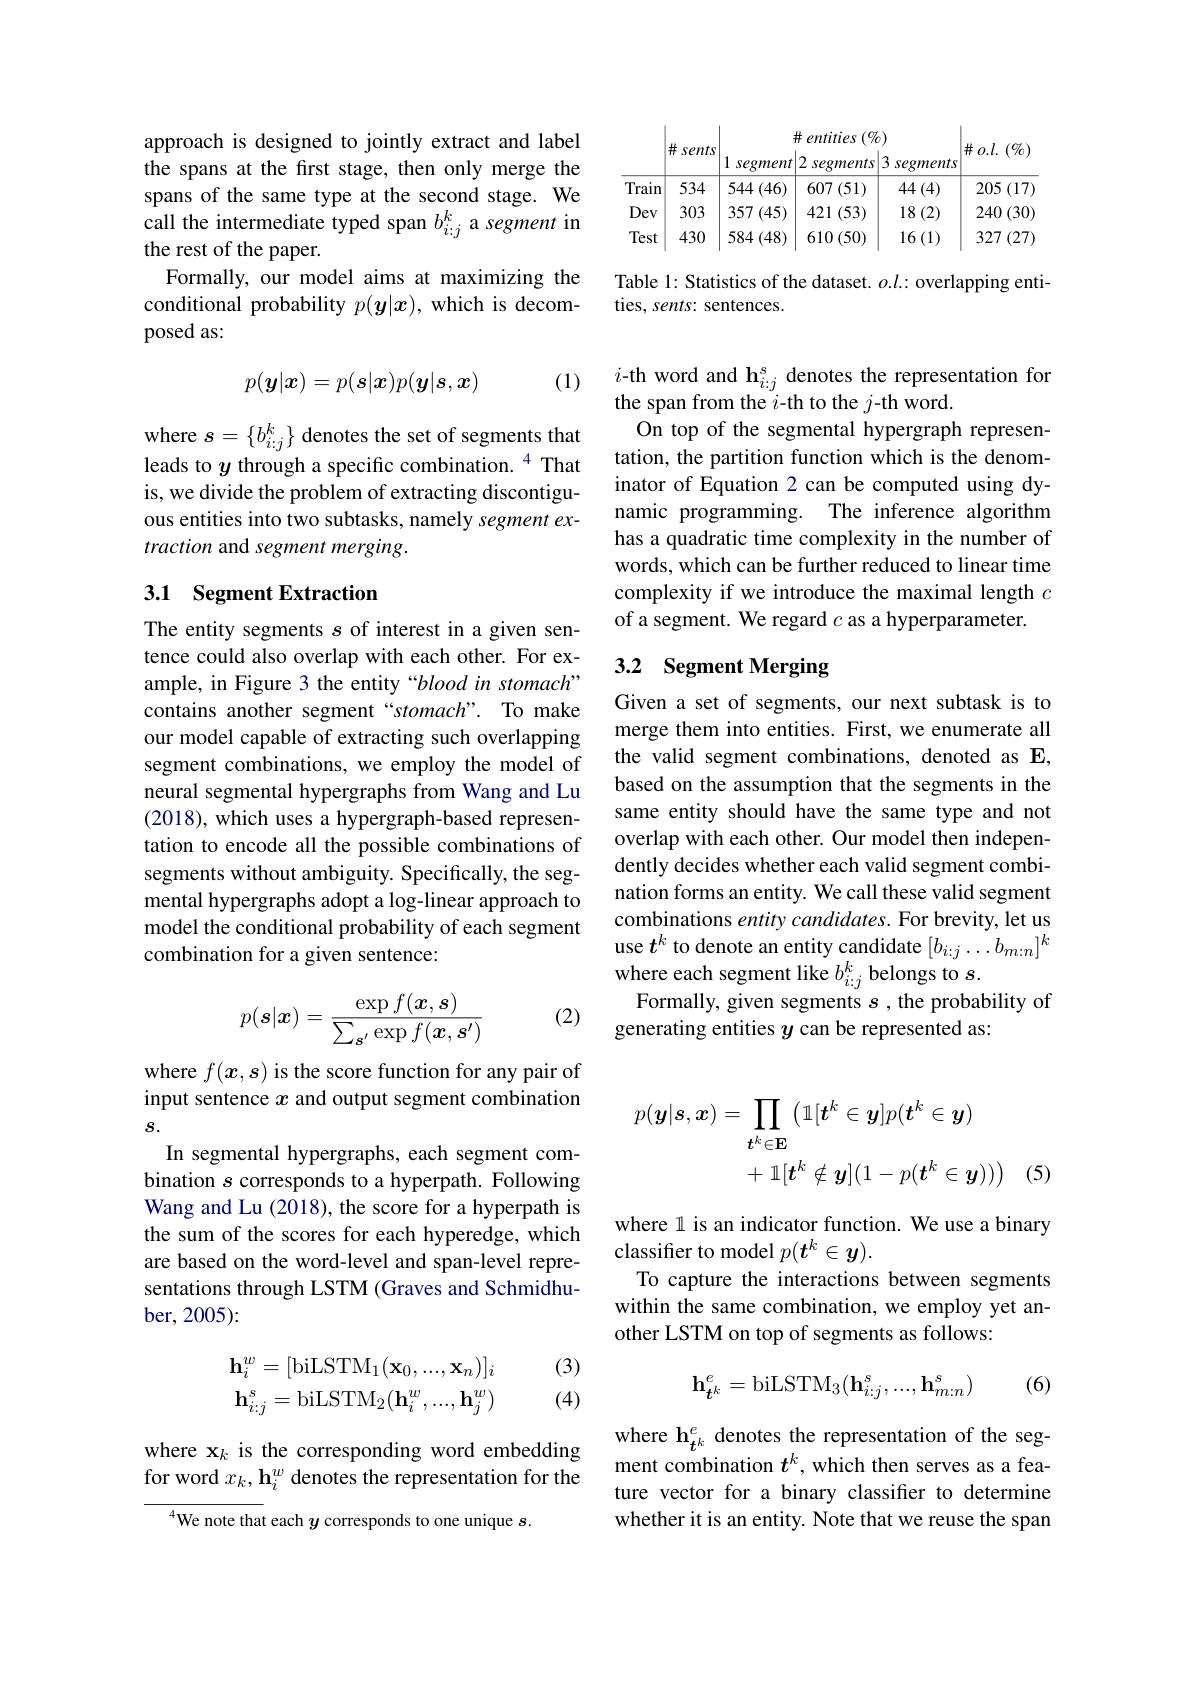
approach is designed to jointly extract and label the spans at the first stage, then only merge the spans of the same type at the second stage. We call the intermediate typed span $b_{i:j}^k$ a segment in the rest of the paper.
Formally, our model aims at maximizing the conditional probability $p(\boldsymbol{y}|\boldsymbol{x})$, which is decomposed as:

(1) $i$-th word and h$_i:j^s$ denotes the representation for(1) $i$-th word and h$\mathbf{h}_i:j^s$ denotes the representation for(1) the span from the $i$-th to the $j$-th word.
$$p(\boldsymbol{y}|\boldsymbol{x})=p(s|\boldsymbol{x})p(\boldsymbol{y}|\boldsymbol{s},\boldsymbol{x})$$
where $s=\{b_i:j^k\}$ denotes the set of segments that leads to $y$ through a specific combination. $^{4}$ That is, we divide the problem of extracting discontiguous entities into two subtasks, namely segment extraction and segment merging.

## 3.1 Segment Extraction

The entity segments $s$ of interest in a given sentence could also overlap with each other. For example, in Figure 3 the entity “blood in stomach” contains another segment“stomach”. To make our model capable of extracting such overlapping segment combinations, we employ the model of neural segmental hypergraphs from Wang and Lu (2018), which uses a hypergraph-based representation to encode all the possible combinations of segments without ambiguity. Specifically, the segmental hypergraphs adopt a log-linear approach to model the conditional probability of each segment combination for a given sentence:

(2)
$$p(s|\boldsymbol{x})=\frac{\exp f(\boldsymbol{x},\boldsymbol{s})}{\sum_{\boldsymbol{s}^{\prime}}\exp f(\boldsymbol{x},\boldsymbol{s}^{\prime})}$$
where $f(x,s)$ is the score function for any pair of input sentence $x$ and output segment combination $s.$
In segmental hypergraphs, each segment combination $s$ corresponds to a hyperpath. Following Wang and Lu (2018), the score for a hyperpath is the sum of the scores for each hyperedge, which are based on the word-level and span-level representations through LSTM (Graves and Schmidhuber,2005):

(3) (4)
$$\begin{aligned}\mathbf{h}_i^w&=[\mathrm{biLSTM}_1(\mathbf{x}_0,...,\mathbf{x}_n)]_i\\\mathbf{h}_{i:j}^s&=\mathrm{biLSTM}_2(\mathbf{h}_i^w,...,\mathbf{h}_j^w)\end{aligned}$$
where x$_k$ is the corresponding word embedding for word $x_k,\mathbf{h}_i^w$ denotes the representation for the
$^{4}$We note that each $y$ corresponds to one unique $s.$

Table 1: Statistics of the dataset. $o.l.:$ overlapping enti-
ties, sents: sentences.

On top of the segmental hypergraph representation, the partition function which is the denominator of Equation 2 can be computed using dynamic programming. The inference algorithm has a quadratic time complexity in the number of words, which can be further reduced to linear time complexity if we introduce the maximal length $c$ of a segment. We regard $c$ as a hyperparameter.

# 3.2 Segment Merging

Given a set of segments, our next subtask is to merge them into entities. First, we enumerate all the valid segment combinations, denoted as E, based on the assumption that the segments in the same entity should have the same type and not overlap with each other. Our model then independently decides whether each valid segment combination forms an entity. We call these valid segment combinations entity candidates. For brevity, let us use $t^k$ to denote an entity candidate $[b_{i:j}\ldots b_{m:n}]^k$ where each segment like $b_i:j^k$ belongs to $s.$
Formally, given segments $s$ , the probability of
generating entities $y$ can be represented as:
$$\begin{aligned}p(\boldsymbol{y}|\boldsymbol{s},\boldsymbol{x})&=\prod_{\boldsymbol{t}^{k}\in\mathbf{E}}\big(\mathbb{1}[\boldsymbol{t}^{k}\in\boldsymbol{y}]p(\boldsymbol{t}^{k}\in\boldsymbol{y})\\&+\mathbb{1}[\boldsymbol{t}^{k}\notin\boldsymbol{y}](1-p(\boldsymbol{t}^{k}\in\boldsymbol{y}))\big)\end{aligned}$$
(5)

where l is an indicator function. We use a binary
classifier to model $p(\boldsymbol{t}^k\in\boldsymbol{y}).$
To capture the interactions between segments within the same combination, we employ yet another LSTM on top of segments as follows:
$$\mathbf{h}_{t^k}^e=\mathrm{biLSTM}_3(\mathbf{h}_{i:j}^s,...,\mathbf{h}_{m:n}^s)$$
(6)

where $\mathbf{h}_{t^{k}}^{e}$ denotes the representation of the segment combination $t^k$, which then serves as a feature vector for a binary classifier to determine whether it is an entity. Note that we reuse the span